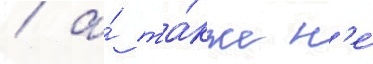
/ а́ та́кже н'е́